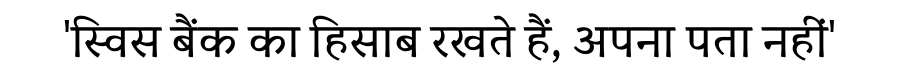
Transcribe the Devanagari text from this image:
'स्विस बैंक का हिसाब रखते हैं, अपना पता नहीं'